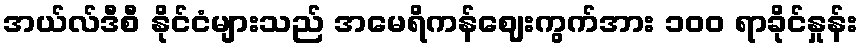
အယ်လ်ဒီစီ နိုင်ငံများသည် အမေရိကန်ဈေးကွက်အား ၁၀၀ ရာခိုင်နှုန်း